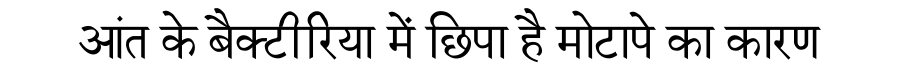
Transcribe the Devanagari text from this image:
आंत के बैक्टीरिया में छिपा है मोटापे का कारण